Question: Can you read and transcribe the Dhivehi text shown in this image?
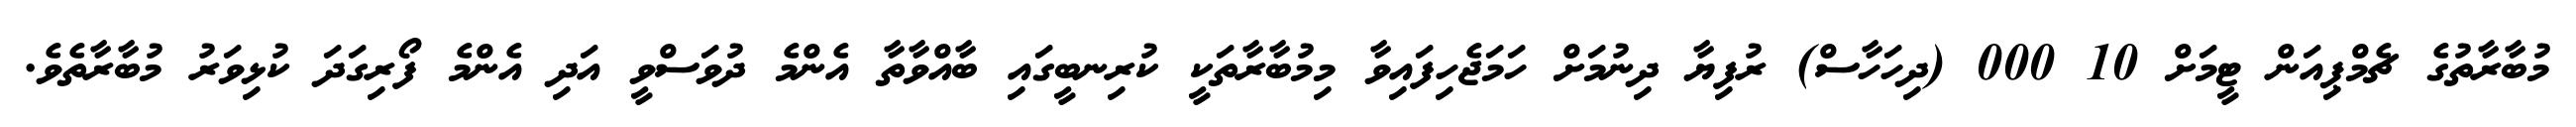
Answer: މުބާރާތުގެ ޗެމްޕިއަން ޓީމަށް 10 000 (ދިހަހާސް) ރުފިޔާ ދިނުމަށް ހަމަޖެހިފައިވާ މިމުބާރާތަކީ ކުރިނބީގައި ބާއްވާތާ އެންމެ ދުވަސްވީ އަދި އެންމެ ފޯރިގަދަ ކުޅިވަރު މުބާރާތެވެ.